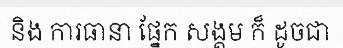
និង ការធានា ផ្នែក សង្គម ក៏ ដូចជា